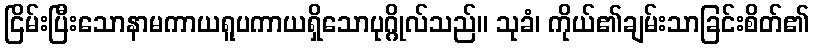
ငြိမ်းပြီးသောနာမကာယရူပကာယရှိသောပုဂ္ဂိုလ်သည်။ သုခံ၊ ကိုယ်၏ချမ်းသာခြင်းစိတ်၏